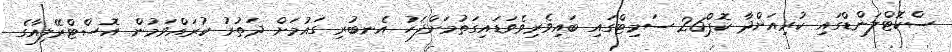
ސްކޮޓްލަންޑްގައި ކުރިއަށްދާ ކޮޕް26 ސަމިޓްގައި ބައިވެރިވެވަޑައިގަތުމަށްފަހު އެނބުރި ގައުމަށް ދަތުރު ކުރައްވަމުން އޮސްޓްރޭލިއާގެ